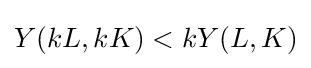
Y(kL,kK)<kY(L,K)